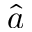
\hat { a }